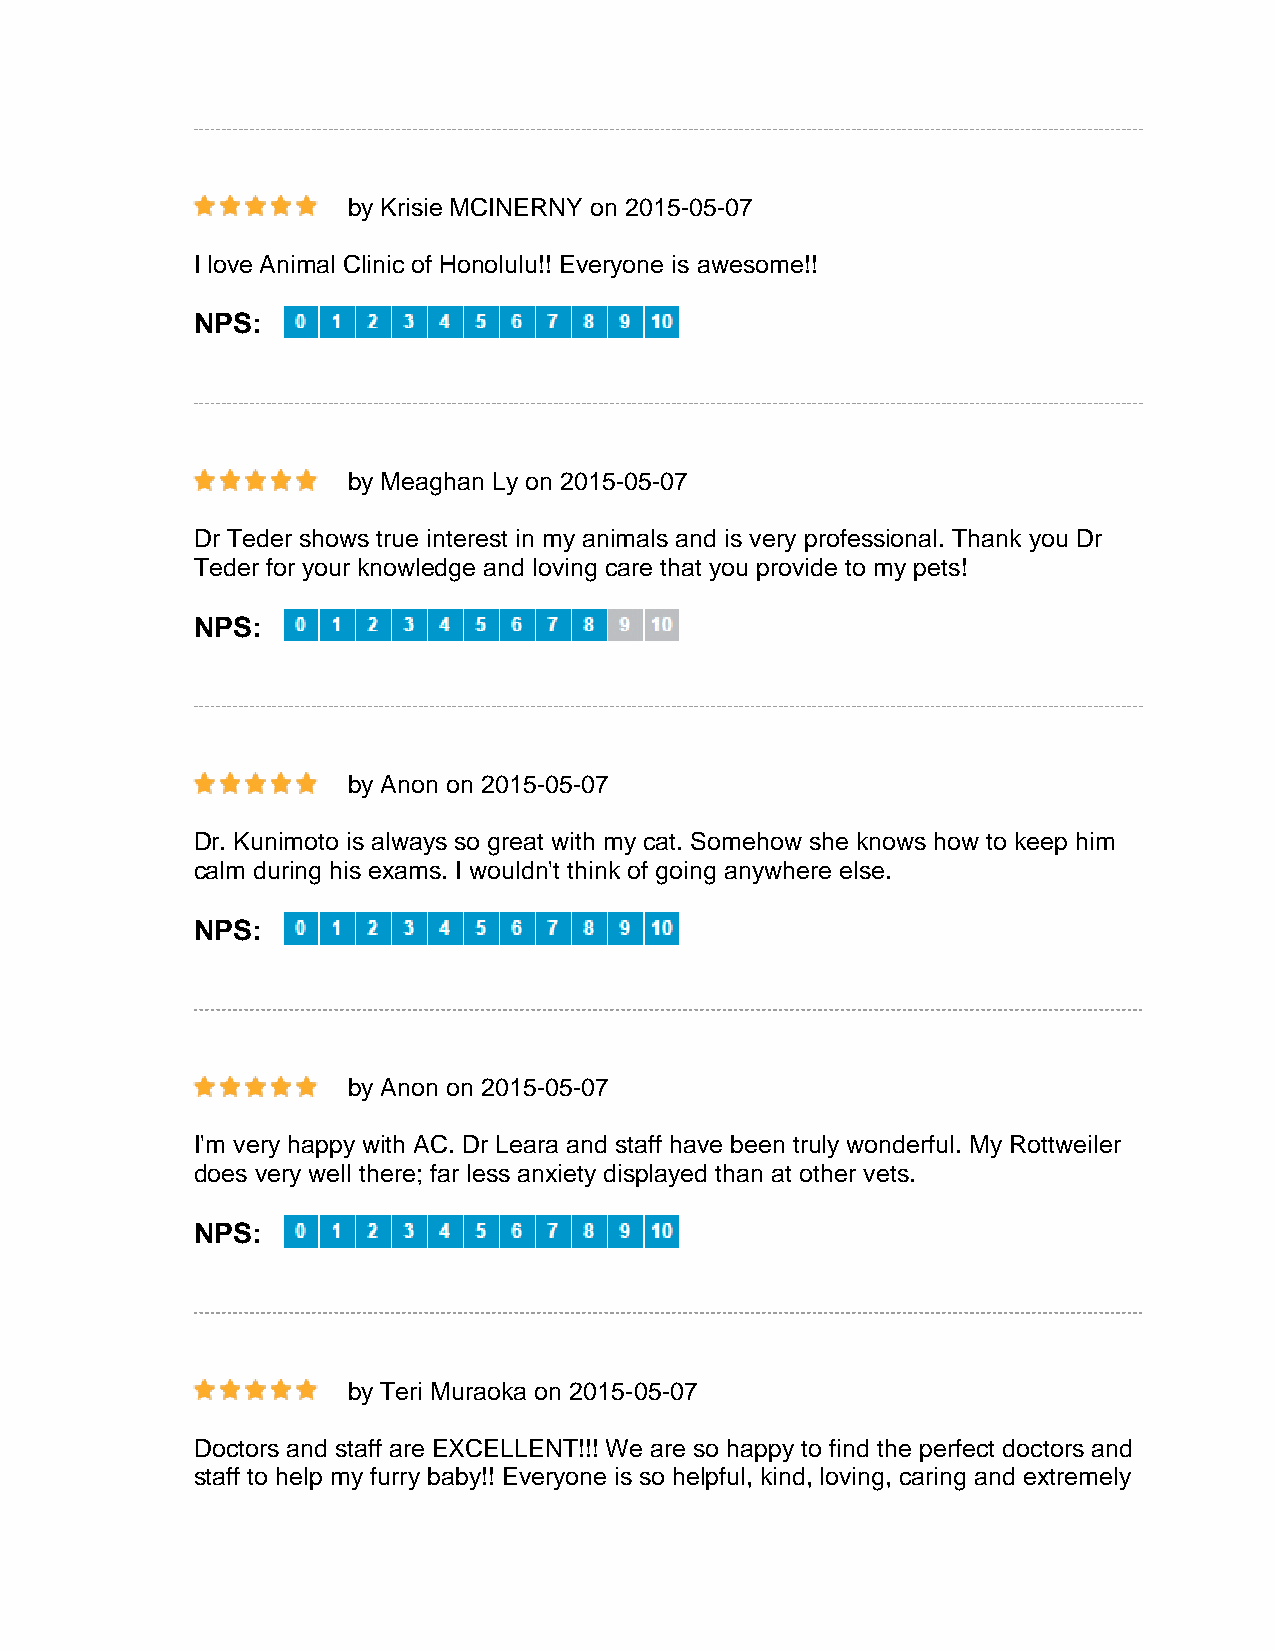
by Krisie MCINERNY on 2015-05-07
 I love Animal Clinic of Honolulu!! Everyone is awesome!!
 NPS:
 by Meaghan Ly on 2015-05-07
 Dr Teder shows true interest in my animals and is very professional. Thank you Dr
 Teder for your knowledge and loving care that you provide to my pets!
 NPS:
 by Anon on 2015-05-07
 Dr. Kunimoto is always so great with my cat. Somehow she knows how to keep him
 calm during his exams. I wouldn't think of going anywhere else.
 NPS:
 by Anon on 2015-05-07
 I'm very happy with AC. Dr Leara and staff have been truly wonderful. My Rottweiler
 does very well there; far less anxiety displayed than at other vets.
 NPS:
 by Teri Muraoka on 2015-05-07
 Doctors and staff are EXCELLENT!!! We are so happy to find the perfect doctors and
 staff to help my furry baby!! Everyone is so helpful, kind, loving, caring and extremely